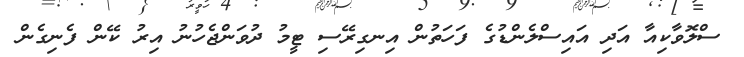
ސްލޮވާކިއާ އަދި އައިސްލެންޑުގެ ފަހަތުން އިނގިރޭސި ޓީމު ދުވަންޖެހުނު އިރު ކޭން ފެނިގެން